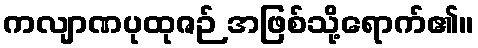
ကလျာဏပုထုဇဉ် အဖြစ်သို့ရောက်၏။